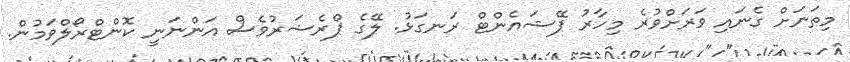
މިތަނަށް ގެނައި ވަރަށްވުރެ މިހާރު ޕޭޝައެންޓް ރަނގަޅު. ލޭގެ ޕްރެޝަރުވެސް އަންނަނީ ކޮންޓްރޯލްވަމުން.